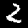
Digit: 2